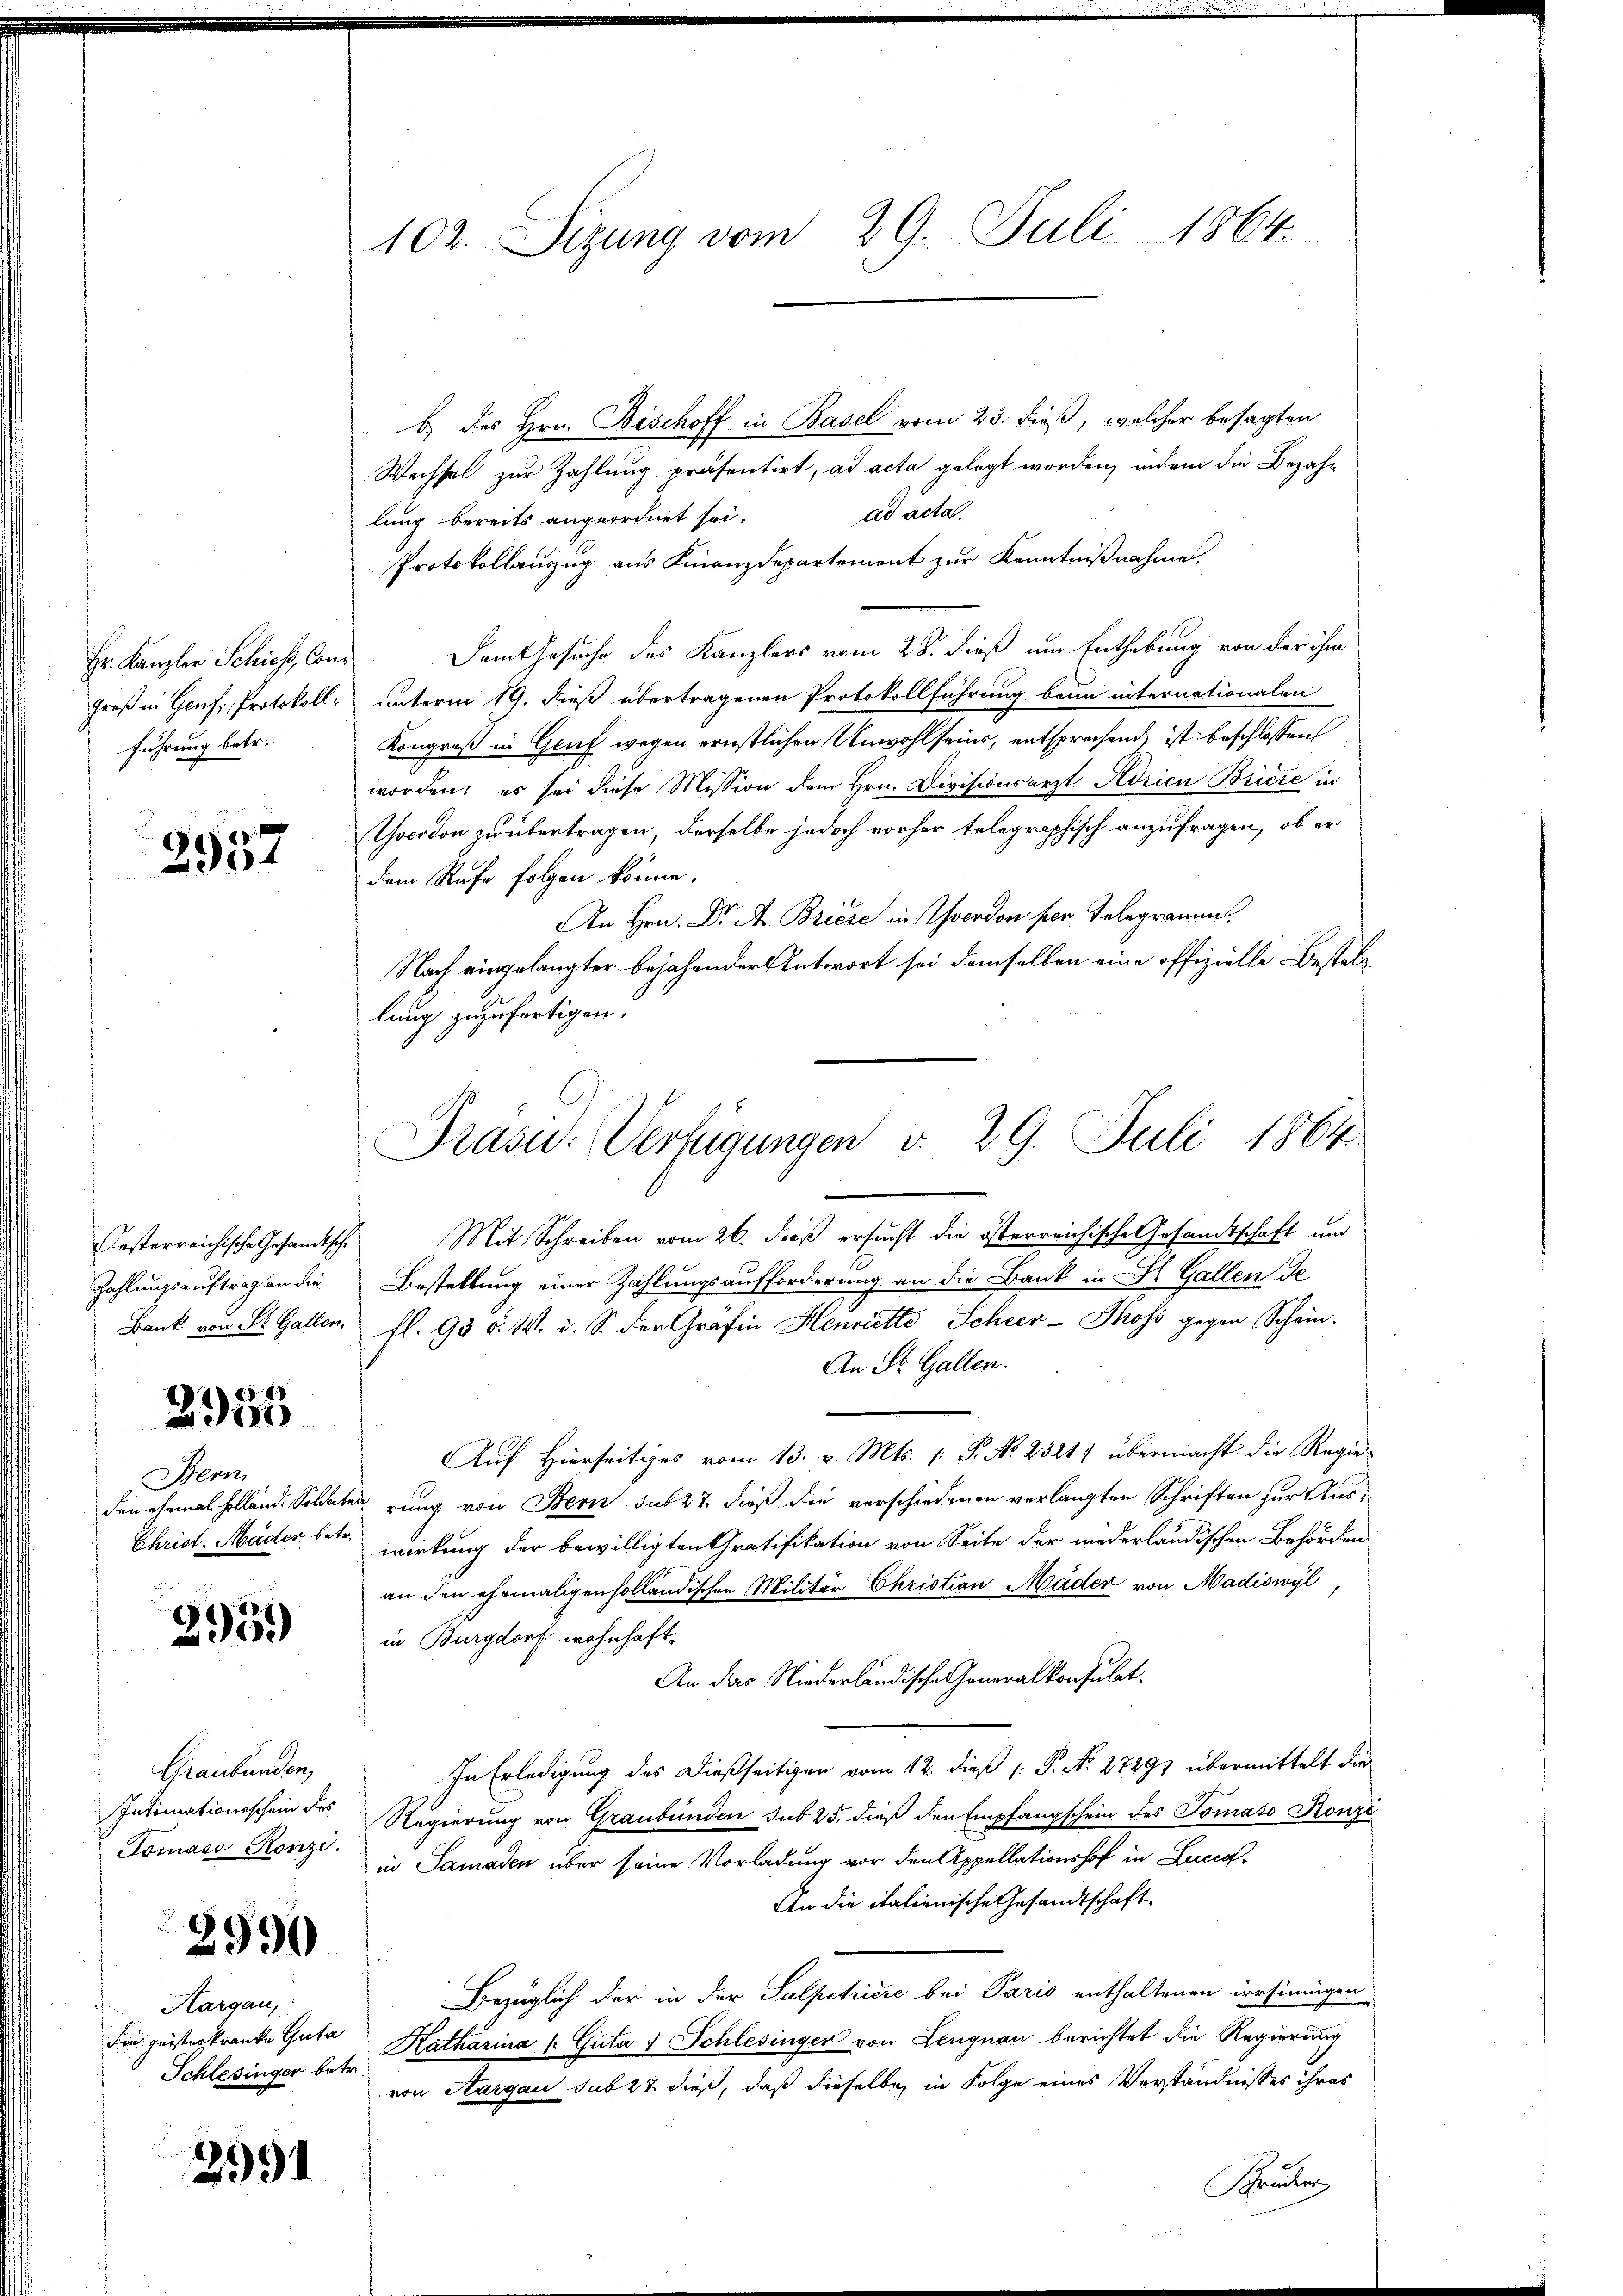
Hr. Kanzler Schieht, Cons.
führung betr.

3552

2955

Bern

2959)

Graubünden,
Tomaso Ronzi.

2990

Hargau,
Schlesinger betr.

2991

102. Sizung vom 29. Juli 1864.

b.) des Hrn. Bischoff in Basel vom 23. dieß, welcher besagten
Wechsel zur Zahlung präsentirt, ad acta gelegt worden, indem die Bezahad acta.
lung bereits angeordnet sei.
Protokollauszug aus Finanzdepartement zur Kenntnißnahme.
Dem Gesuche des Kanzlers vom 28. dieß um Enthebung von der ihm
Groß in Genf, Protokoll unterm 19. dieß übertragenen Protokollführung beim internationalen
Kongreß in Genf wegen ernstlichen Unwohl seins, entsprechend, ist beschlossen
worden; es sei diese Mission dem Hrn. Divisionsarzt Adrien Briere in
Yverdon zu übertragen, derselbe jedoch vorher telegraphisch anzufragen, ob er
dem Rufe folgen könne.
An Hrn. Dr A. Briere in verdon per Telegramm.
Nach eingelangter bejahender Antwort sei demselben eine offizielle Bestellung zuzufertigen.
esterreichische Gesandtsche Mit Schreiben vom 26. dieß ersucht die österreichische Gesamtschaft und
Zahlungsauftragen die Bestellung einer Zahlungsaufforderung an die Bank in Sl. Gallen de
Bank von St. Gallen fl. 95 v. W. i. S. der Gräfin Henriette Scheer-Thoss gegen Schein-
An St. Gallen.
Auf hierseitiges vom 13. v. Mts. 1. P. No. 23211 übermacht die Regieden ehemal sollend. Soldaten rung von Bern sub 27 dieß die verschiedenen verlangten Schriften zur Aus¬
Christ-Mäder betr. wirkung der bewilligten Gratifikation von Seite der niederländischen Behörden
an den ehemaligen holländischen Militär Christian Mäder von Madiswyl,
in Burgdorf wohnhaft.
An das Niederländische Generalkonsulat
In Erledigung des dießseitigen vom 12. dieß (: P. N. 27297 übermittelt die
Intimationsschein des Regierung von Graubünden sub 25. dieß den Empfangschein des Tomas Konze
in Samaden über seine Vorladung vor den Appellationshof in Lucca¬
An die italienische Gesandtschaft
s
Bezüglich der in der Salpetričić bei Paris enthaltenen irrsinnigen
die geisterkranke Gute Katharina (Güter 1 Schlesinger von Lengnau berichtet die Regierung
von Aargau sub 27 dieß, daß dieselbe in Folge eines Verständnisses ihres
Sauer

Präsid.: Verfügungen v. 29. Juli 1864.